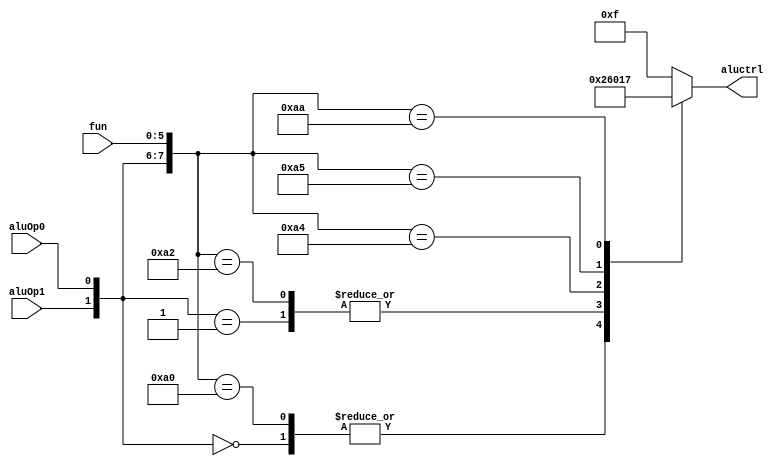
module alucontrol_v2(aluOp0,aluOp1,fun,aluctrl);
	
	input wire aluOp0,aluOp1;
	input wire [5:0] fun;
	output reg [3:0] aluctrl;

	//Evaluate when any input changes.	
	always @ (aluOp0 or aluOp1 or fun) begin
		casex({aluOp1,aluOp0,fun})  //For casex a ? represents a don't care. Simply set aluctrl to the case that matches.
			8'b00??????: begin
				aluctrl = 4'b0010;
			end
			8'b01??????: begin
				aluctrl = 4'b0110;
			end
			8'b10100000: begin
				aluctrl = 4'b0010;
			end
			8'b10100010: begin
				aluctrl = 4'b0110;
			end
			8'b10100100: begin
				aluctrl = 4'b0000;
			end
			8'b10100101: begin
				aluctrl = 4'b0001;
			end
			8'b10101010: begin
				aluctrl = 4'b0111;
			end
			default: begin
				//In case that its not possible to match
				//printout an error and set the aluctrl
				//to an invalid value.
				$display("Error in ALU Control.");
				aluctrl = 4'b1111;
			end
		endcase
		
	end
	
endmodule